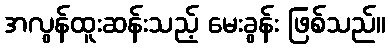
အလွန်ထူးဆန်းသည့် မေးခွန်း ဖြစ်သည်။